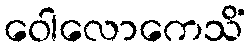
ဝေါလောကေသိံ